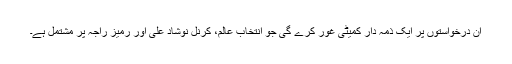
ان درخواستوں پر ایک ذمہ دار کمیٹی غور کرے گی جو انتخاب عالم، کرنل نوشاد علی اور رمیز راجہ پر مشتمل ہے۔